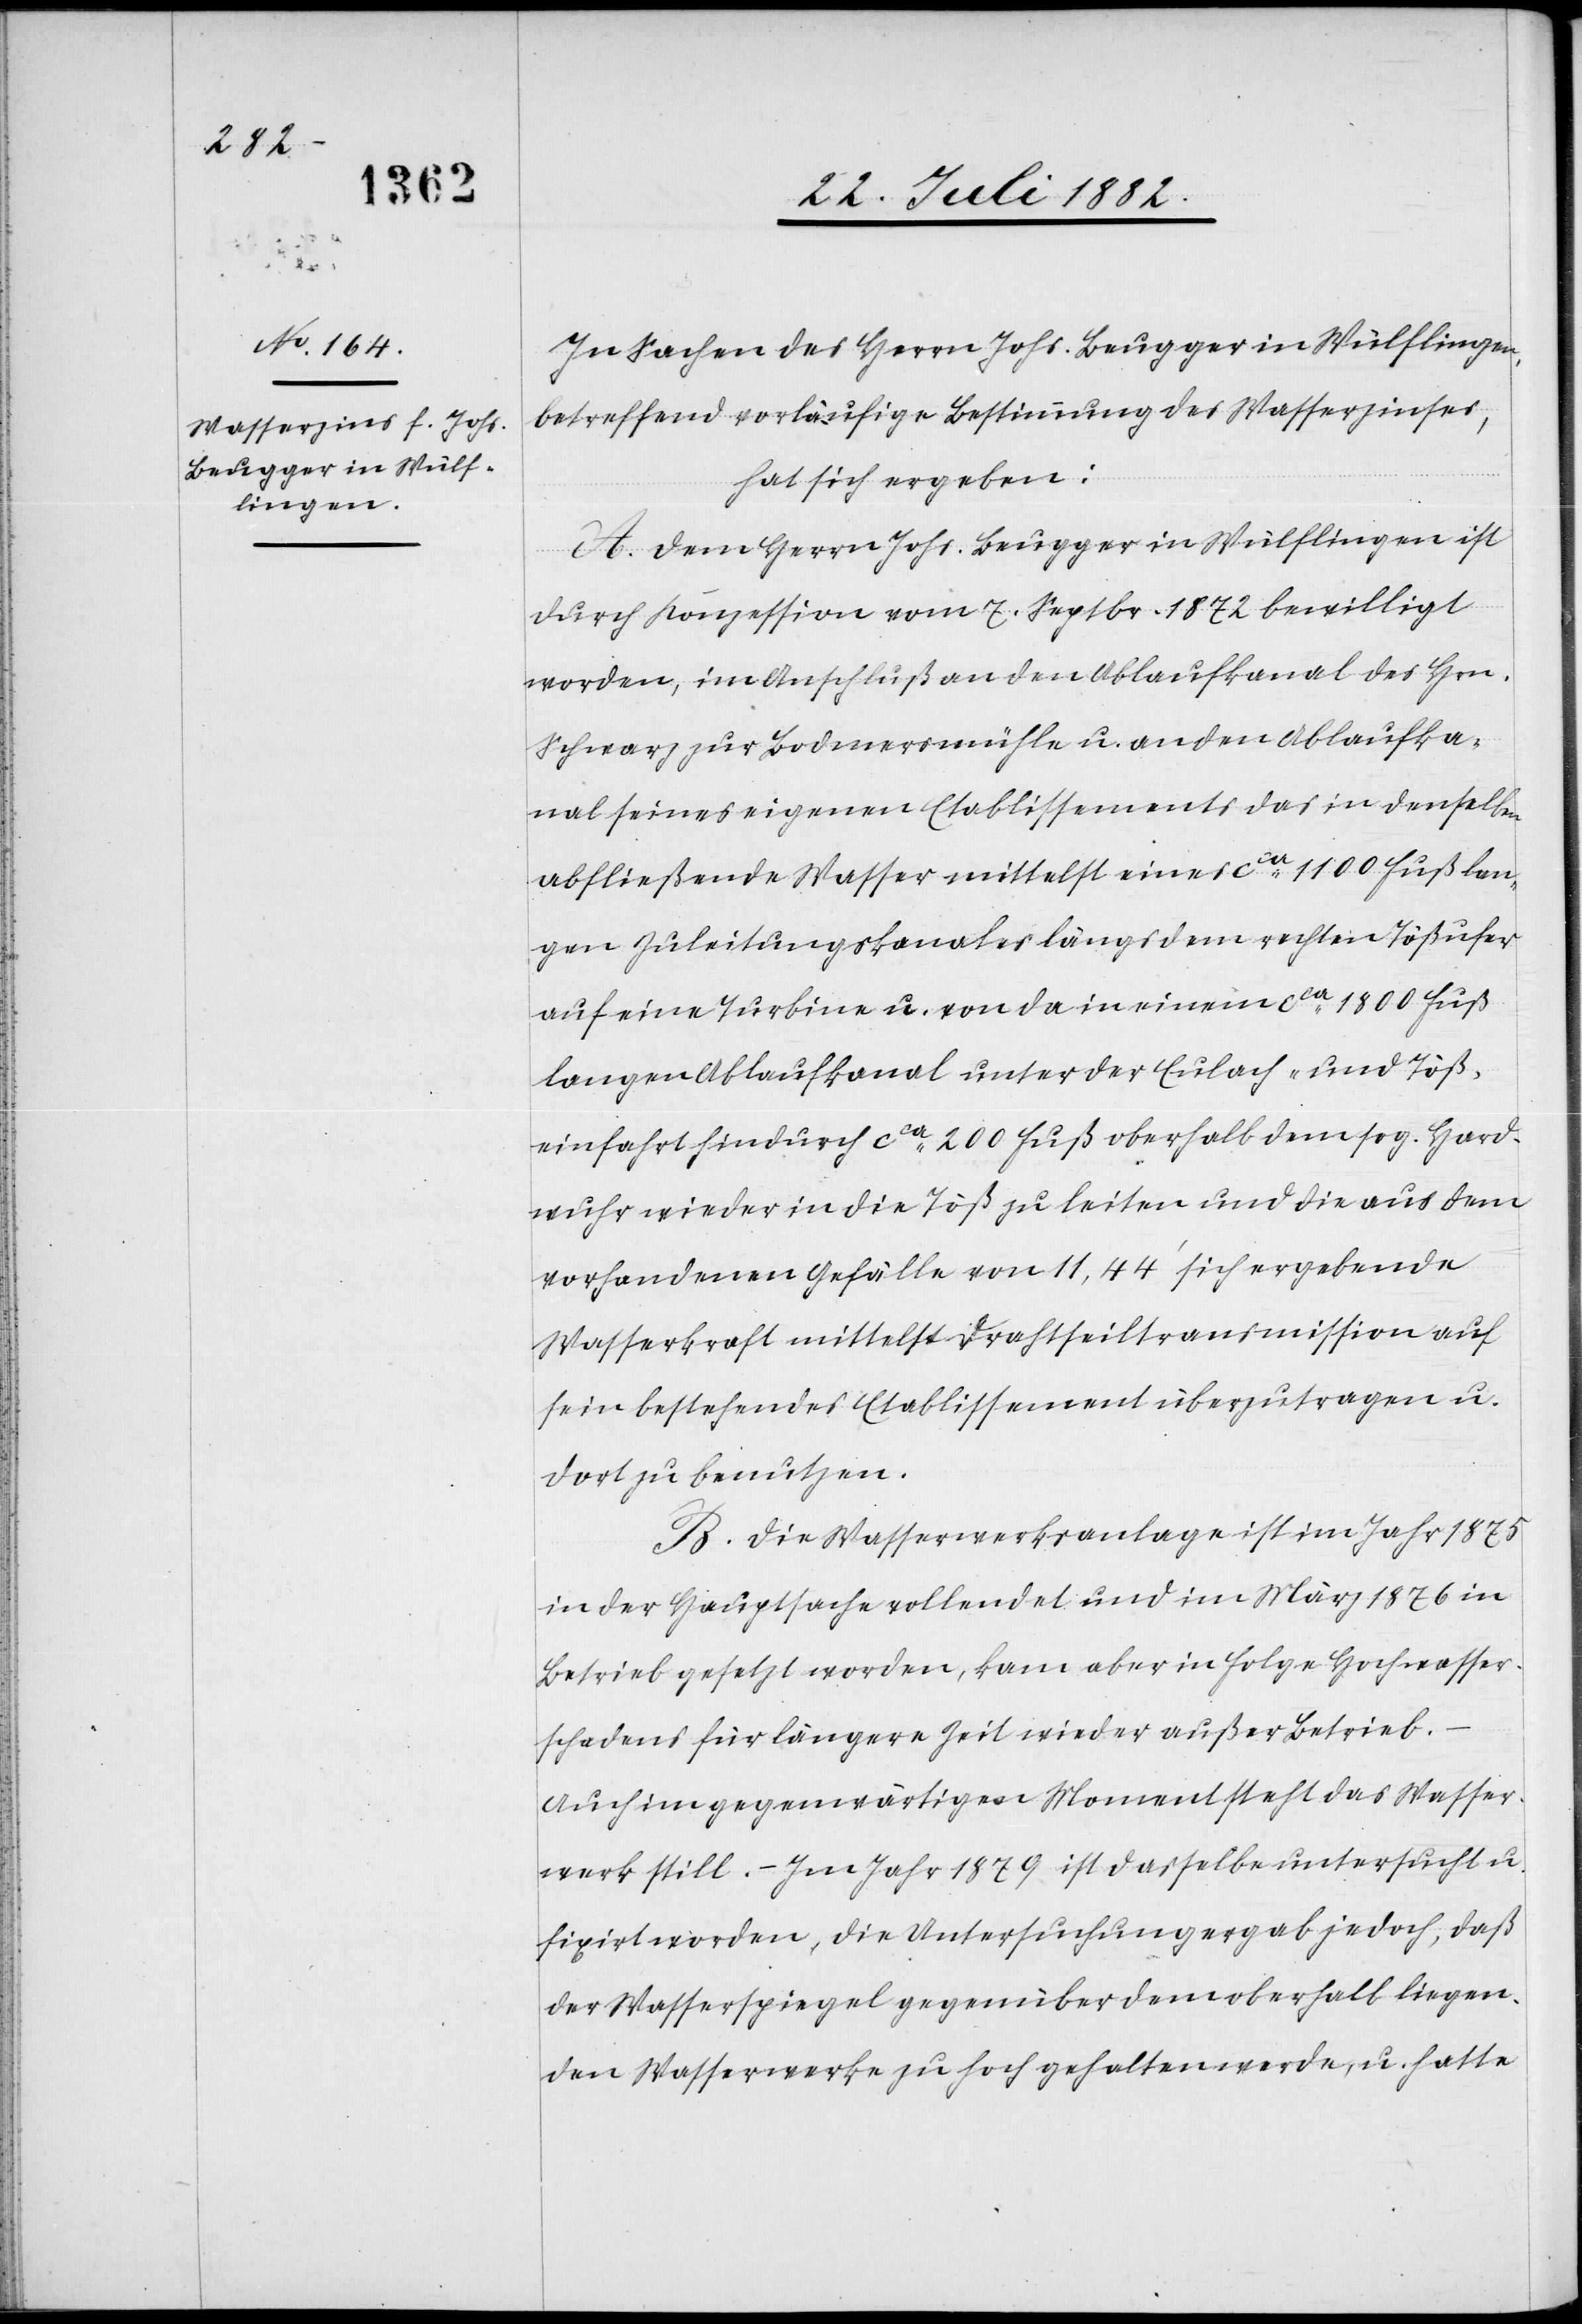
In Sachen des Herrn Johs. Beugger in Wülflingen,
betreffend vorläufige Bestimmung des Wasserzinses,
hat sich ergeben:
A. Dem Herrn Johs. Beugger in Wülflingen ist
durch Konzession vom 7. Septbr. 1872 bewilligt
worden, im Anschluß an den Ablaufkanal des Hrn.
Schwarz zur Bodmersmühle u. an den Ablaufka¬
nal seines eigenen Etablissements das in denselben
abfließende Wasser mittelst eines ca 1100 Fuß lan¬
gen Zuleitungskanales längs dem rechten Tößufer
auf eine Turbine u. von da in einem ca 1800 Fuß
langen Ablaufkanal unter der Eulach- und Töß¬
einfahrt hindurch ca 200 Fuß oberhalb dem sog. Hard¬
wuhr wieder in die Töß zu leiten und die aus dem
vorhandenen Gefälle von 11,44‘ sich ergebende
Wasserkraft mittelst Drahtseiltransmission auf
sein bestehendes Etablissement überzutragen u.
dort zu benutzen.
B. Die Wasserwerksanlage ist im Jahr 1875
in der Hauptsache vollendet und im März 1876 in
Betrieb gesetzt worden, kam aber in Folge Hochwasser¬
schadens für längere Zeit wieder außer Betrieb.
Auch im gegenwärtigen Moment steht das Wasser¬
werk still. – Im Jahr 1879 ist dasselbe untersucht u.
fixirt worden, die Untersuchung ergab jedoch, daß
der Wasserspiegel gegenüber dem oberhalb liegen¬
den Wasserwerke zu hoch gehalten werde, u. hatte